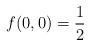
LaTeX: \begin{align*}f(0,0) = {1\over2}\end{align*}